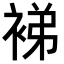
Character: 𬡜